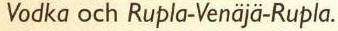
Vodka och Rupla-Venäjä-Rupla.